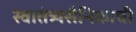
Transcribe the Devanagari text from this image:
स्वातंत्र्यसैनिकाची